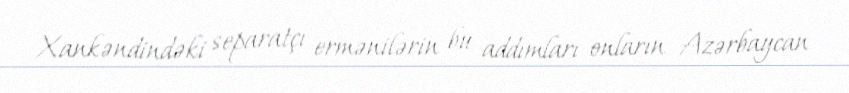
Xankəndindəki separatçı ermənilərin bu addımları onların Azərbaycan